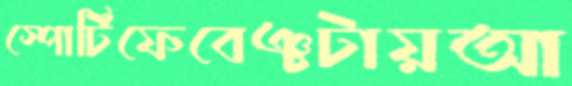
স্পোর্টিফেবেঞ্চটায়আ